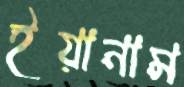
ইয়ানাম